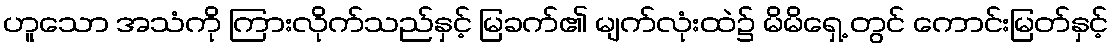
ဟူသော အသံကို ကြားလိုက်သည်နှင့် မြခက်၏ မျက်လုံးထဲ၌ မိမိရှေ့ တွင် ကောင်းမြတ်နှင့်